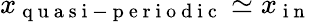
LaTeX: x_{\mathrm{~q~u~a~s~i~-~p~e~r~i~o~d~i~c~}}\simeq x_{\mathrm{~i~n~}}